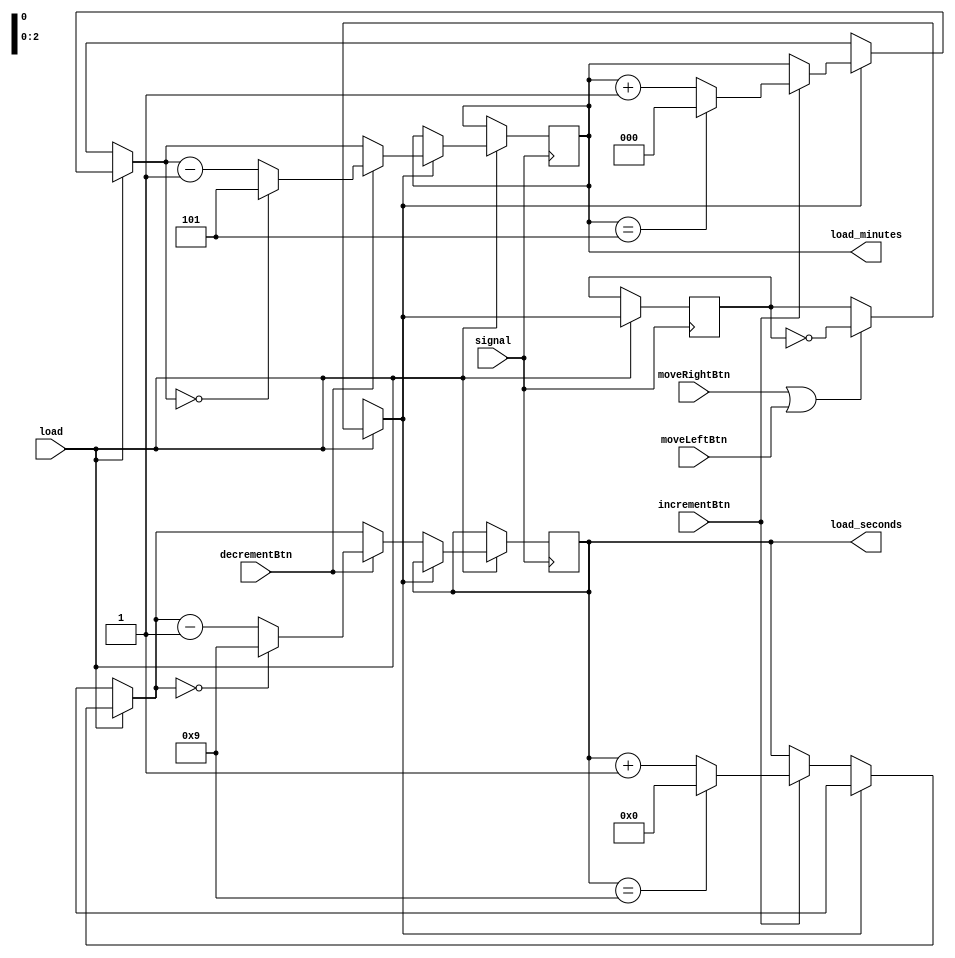
`timescale 1ns / 1ps
//////////////////////////////////////////////////////////////////////////////////
// Company: 
// Engineer: 
// 
// Design Name: 
// Module Name: set_alarm
// Project Name: 
// Target Devices: 
// Tool Versions: 
// Description: 
// 
// Dependencies: 
// 
// Revision:
// Revision 0.01 - File Created
// Additional Comments:
// 
//////////////////////////////////////////////////////////////////////////////////


module set_alarm(
    input signal,
    input load,
    input moveRightBtn, moveLeftBtn, incrementBtn, decrementBtn,
    output reg [3:0] load_seconds,
    output reg [2:0] load_minutes
    );
    
    reg currentPos = 0;

    initial begin
        load_seconds = 0;
        load_minutes = 2;
    end

    always@ (posedge signal) begin
        if(load) begin
            if(moveRightBtn || moveLeftBtn)
                currentPos = ~currentPos;
            if(currentPos == 0) begin
                if(incrementBtn) begin
                    if(load_seconds == 9)
                        load_seconds = 0;
                    else
                        load_seconds = load_seconds + 1;
                end
                if(decrementBtn) begin
                    if(load_seconds == 0)
                        load_seconds = 9;
                    else
                        load_seconds = load_seconds - 1;
                end
            end
            else if(currentPos == 1) begin
                if(incrementBtn) begin
                    if(load_minutes == 5)
                        load_minutes = 0;
                    else
                        load_minutes = load_minutes + 1;
                end
                if(decrementBtn) begin
                    if(load_minutes == 0)
                        load_minutes = 5;
                    else
                        load_minutes = load_minutes - 1;
                end
            end     
        end
    end
endmodule